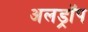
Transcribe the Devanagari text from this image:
अलड्रॉप